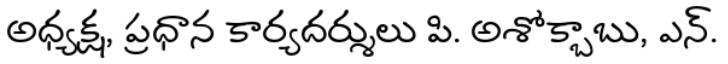
అధ్యక్ష, ప్రధాన కార్యదర్శులు పి. అశోక్బాబు, ఎన్.